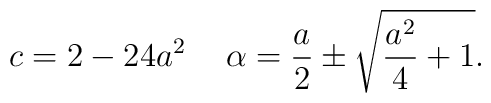
c=2 -24 a^{2} \hspace{0.5cm}\alpha= \frac{a}{2} \pm \sqrt{\frac{a^{2}}{4} +1}.